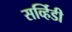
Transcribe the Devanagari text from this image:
सर्व्हिडी